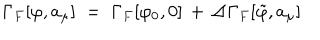
\Gamma _ { F } [ \varphi , a _ { \mu } ] \; = \; \Gamma _ { F } [ \varphi _ { 0 } , 0 ] \, + \, \Delta \Gamma _ { F } [ { \tilde { \varphi } } , a _ { \mu } ]